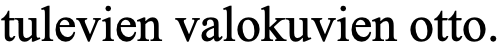
tulevien valokuvien otto.